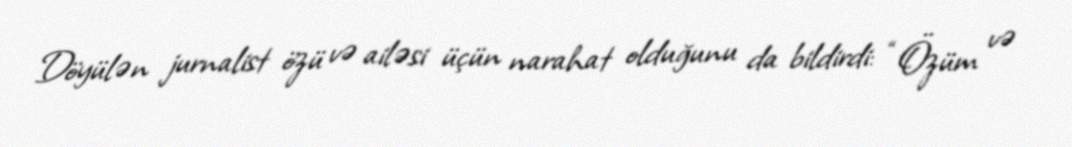
Döyülən jurnalist özü və ailəsi üçün narahat olduğunu da bildirdi: “Özüm və